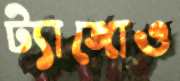
ট্যাঙ্গোও